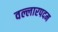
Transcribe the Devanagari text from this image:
वल्लारपदम